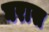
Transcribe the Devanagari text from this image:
घरास